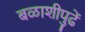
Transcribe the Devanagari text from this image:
बळाशीपुढें